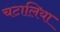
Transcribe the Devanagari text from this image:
चटालिया